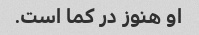
او هنوز در کما است.